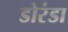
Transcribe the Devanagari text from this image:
डोरंडा